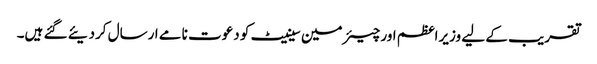
تقریب کے لیے وزیراعظم اور چیئرمین سینیٹ کو دعوت نامے ارسال کردیئے گئے ہیں۔